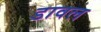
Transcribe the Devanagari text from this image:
डावल